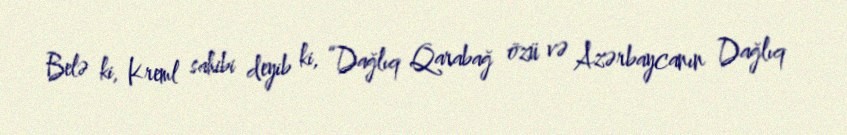
Belə ki, Kreml sahibi deyib ki, “Dağlıq Qarabağ özü və Azərbaycanın Dağlıq